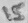
Text: 15